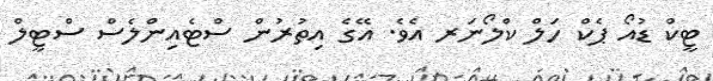
ޓީކް ޑުއޯ ޕެކް ހަލް ކްލޯނަރ އެވެ. އޭގެ އިތުރުން ސްޓެއިންލެސް ސްޓީލް